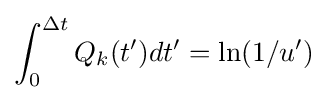
\int _{0}^{\Delta t}Q_{k}(t')dt'=\ln(1/u^{\prime })